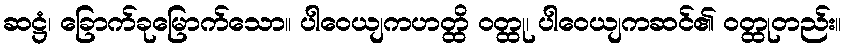
ဆဋ္ဌံ၊ ခြောက်ခုမြောက်သော။ ပါဝေယျကဟတ္ထိ ဝတ္ထု၊ ပါဝေယျကဆင်၏ ဝတ္ထုတည်း။